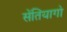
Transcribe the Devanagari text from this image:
सेंतियागो